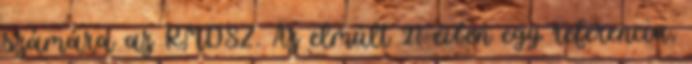
számára az RMDSZ. Az elmúlt 27 évben egy referencia,